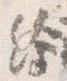
絵